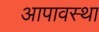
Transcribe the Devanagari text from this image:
आपावस्था